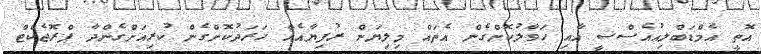
އޮތީ އެމްޑަބްލިއުއެސްސީ އާއި ހަވާލުކޮށްގެން އެތައް މިލިޔަން ރުފިޔާއެއް ހަރަދުކޮށްގެން ކުރިއަށްގެންދާ ޕްރޮޖެކްޓް